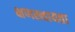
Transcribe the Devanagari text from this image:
क्षणस्थायता